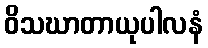
ဝိသဃာတာယုပါလနံ